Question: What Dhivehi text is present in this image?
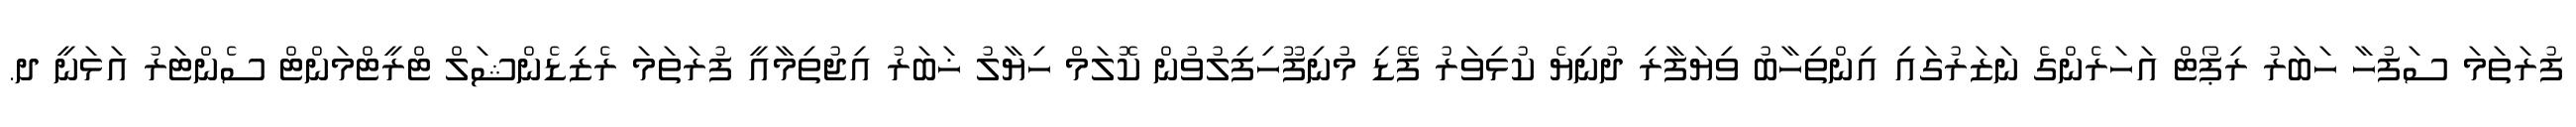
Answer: ފުރަތަމަ ސަފުހާ ހަބަރު ރިޕޯޓް އަހަރެންގެ ނަޒަރުގައި އިންތިހާބު ވިޔަފާރި ދުނިޔެ ކުޅިވަރު ފޭޑި މުނިފޫހިފިލުވުން ކޮލަމް ހިޔާލު ޚަބަރު އިޖުތިމާއީ ފުރަތަމަ ރެޒިޑެންޝަލް ޓްރީޓްމަންޓް ސެންޓަރު އަޅަނީ ދ.